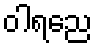
ဝါရညေ